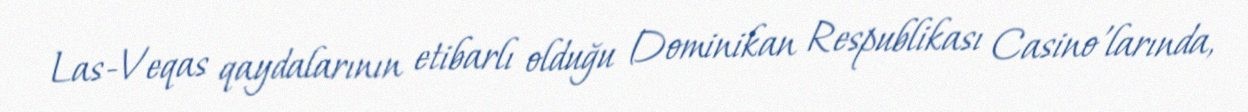
Las-Veqas qaydalarının etibarlı olduğu Dominikan Respublikası Casino'larında,